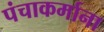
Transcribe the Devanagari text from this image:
पंचाकर्माना